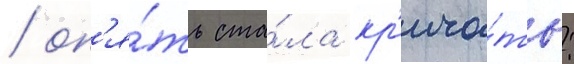
/ оп'я́ть ста́ла кр'ича́ть: